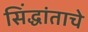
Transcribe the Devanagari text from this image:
सिंद्धांताचे